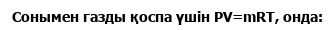
Сонымен газды қоспа үшін PV=mRT, онда: